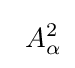
\left.\right.A_{\alpha }^{2}